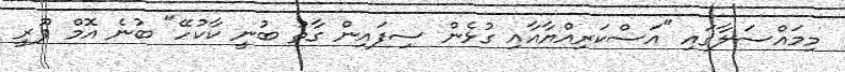
މިމައްސަލާގައި "އަސްކަރިއްޔާއާއި ގުޅެން ސިފައިން ގާތު ބުނީ ކާކުހޭ" ބުނެ އޮމް ޕޫރީ